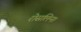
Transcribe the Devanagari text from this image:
रोसलिन।